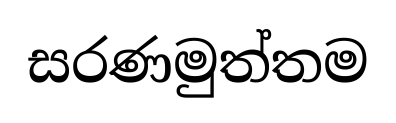
සරණමුත්තම